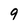
Character: 9